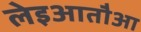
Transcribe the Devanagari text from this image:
लेइआतौआ